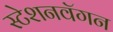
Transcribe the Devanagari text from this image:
स्टेशनवॅगन